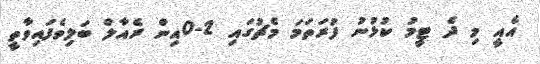
އެއީ މި ދެ ޓީމު ކުޅުނު ފުރަތަމަ މެޗުގައި 2-0އިން ރެއާލް ބަލިވެފައިވާތީ